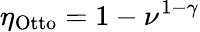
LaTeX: \eta_{\mathrm{Otto}}=1-\nu^{1-\gamma}